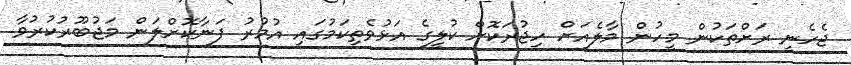
ޖެހެނީ ރަށްތަކުން މީހުން މާލެއަށް ހިޖުރަކޮށް ކުލީގެ އަޅުވެތިކަމުގައި އުމުރު ފަނާކޮށްލަން މަޖުބޫރުކުރުވާ